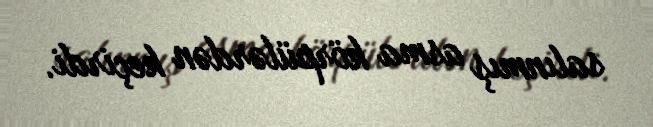
salınmış asma körpülərdən keçirdi.